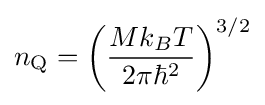
n_{\rm {Q}}=\left({\frac {Mk_{B}T}{2\pi \hbar ^{2}}}\right)^{3/2}